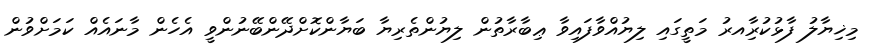
މިޚިޔާލު ފާޅުކުރާިއރު މަތީގައި ލިޔުއްވާފައިވާ ޢިބާރާތުން ލިޔުންތެރިޔާ ބަޔާންކޮށްދޭންބޭނުންވީ އެހެން މާނައެއް ކަމަށްވުން